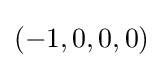
(-1,0,0,0)